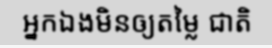
អ្នកឯងមិនឲ្យតម្លៃ ជាតិ